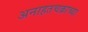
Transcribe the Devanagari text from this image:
अनाहतचक्राच्या